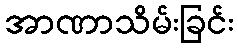
အာဏာသိမ်းခြင်း